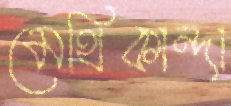
মেথিকান্দা